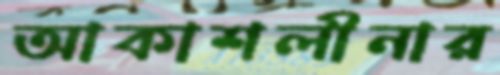
আকাশলীনার